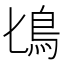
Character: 𩾕